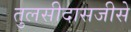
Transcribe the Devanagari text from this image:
तुलसीदासजीसे